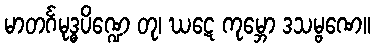
မာတင်္ဂမုဒ္ဓပိဏ္ဍေ တု၊ ဃဋေ ကုမ္ဘော ဒသမ္ဗဏေ။